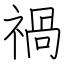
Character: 禍